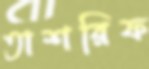
তাশরিফ